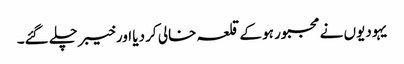
یہودیوں نے مجبور ہو کے قلعہ خالی کر دیا اور خیبر چلے گئے۔